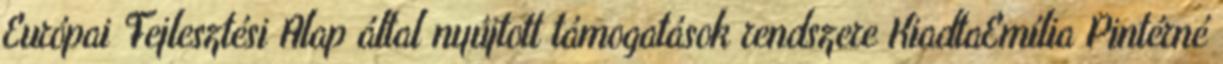
Európai Fejlesztési Alap által nyújtott támogatások rendszere KiadtaEmília Pintérné